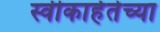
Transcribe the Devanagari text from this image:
स्वीकार्हतेच्या